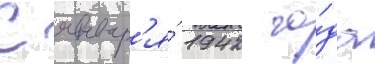
С январ'я́ 1942 го́да